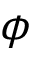
\phi